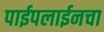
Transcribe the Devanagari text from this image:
पाईपलाईनचा